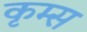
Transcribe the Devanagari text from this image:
कृम्स